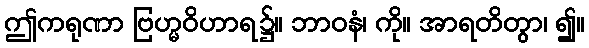
ဤကရုဏာ ဗြဟ္မဝိဟာရ၌။ ဘာဝနံ၊ ကို။ အာရတိတွာ၊ ၍။